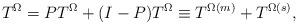
LaTeX: \begin{align*} T^\Omega = PT^\Omega + (I-P)T^\Omega \equiv T^{\Omega(m)}+ T^{\Omega(s)},\end{align*}